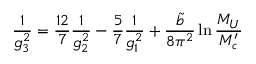
\frac { 1 } { g _ { 3 } ^ { 2 } } = \frac { 1 2 } { 7 } \frac { 1 } { g _ { 2 } ^ { 2 } } - \frac { 5 } { 7 } \frac { 1 } { g _ { 1 } ^ { 2 } } + \frac { \tilde { b } } { 8 \pi ^ { 2 } } \ln \frac { M _ { U } } { M _ { c } ^ { \prime } }